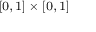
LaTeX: \scriptstyle [ 0 , \, 1 ] \; \times \; [ 0 , \, 1 ]